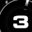
Digit: 3